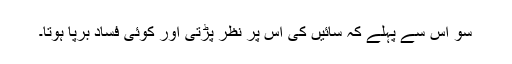
سو اس سے پہلے کہ سائیں کی اس پر نظر پڑتی اور کوئی فساد برپا ہوتا۔